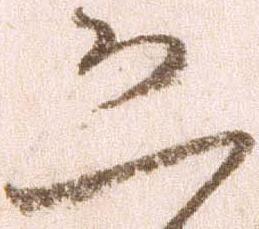
恐